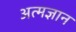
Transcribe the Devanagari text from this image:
अत्मज्ञान